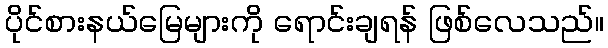
ပိုင်စားနယ်မြေများကို ရောင်းချရန် ဖြစ်လေသည်။